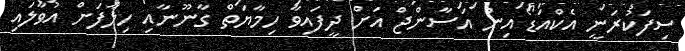
ސިފަކުރަނީ އެކްއަޑޯ އިން އަސާންޖް އަށް ދީފައިވާ ހިމާޔަތް ގާނޫނާއި ހިލާފަށް އުވާލައި